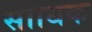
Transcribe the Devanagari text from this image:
सााधक